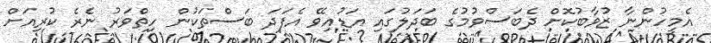
އެމީހުންނާ ޒުވާބުކޮށް ދެބަސްވުމުގެ ބަދަލުގައި އަޑުއިވޭ އެފަދަ ބަސްތަކުން ހިތްވަރު ނެރެ ކުރިއަށް